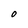
Character: O